Madras plague regulations in force outside the Presidency town - Volume 3
Disease focus: Plague
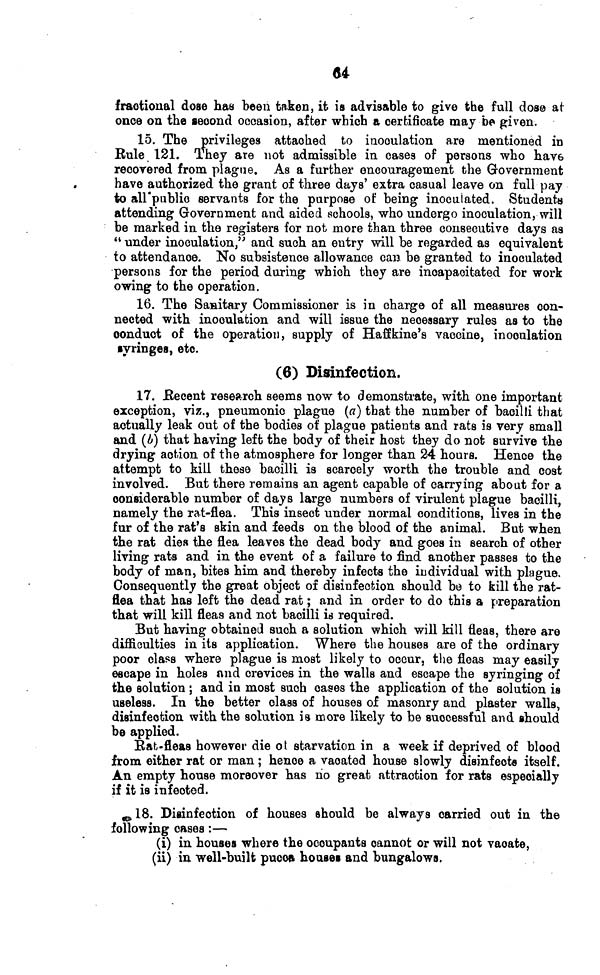
«i
fractional doae has been taken, it is advisable to give the full dose at
once on the second occasion, after which a certificate may be given.
15. The privileges attached to inoculation are mentioned in
Rule 121. They are not admissible in oases of persons who have
recovered from plague. As a further encouragement the Government
have authorized the grant of three days' extra casual leave on full pay
to all'publio servants for the purpose of being inoculated. Students
attending Government and aided schools, who undergo inoculation, will
be marked in the registers for not more than three consecutive days as
" under inoculation," and such, an entry will be regarded as equivalent
to attendance. No subsistence allowance can be granted to inoculated
persons for the period during which they are incapacitated for work
owing to the operation.
16. The Sanitary Commissioner is in charge of all measures con-
nected with inoculation and will issue the necessary rules as to the
conduct of the operation, supply of Hafffcme's vaccine, inoculation
syringes, etc.
(6) Disinfection.
17. .Recent research seems now to demonstrate, with one important
exception, viz., pneumonic plague (a} that the number of bacilli that
actually leak out of the bodies of plague patients and rats is very small
and (¿) that having left the body of their host they do not survive the
drying action of the atmosphere for longer than 24 hours. Hence the
attempt to kill these bacilli is scarcely worth the trouble and cost
involved. But there remains an agent capable of carrying about for a
considerable number of days large numbers of virulent plague bacilli,
namely the rat-flea. This insect under normal conditions, lives in the
fur of the rat's skin and feeds on the blood of the animal. But when
the rat die« the flea leaves the dead body and goes in search of other
living rata and in the event of a failure to find another passes to the
body of man, bites him and thereby infects the individual with plague.
Consequently the great object of disinfection should be to kill the rat-
flea that has left the dead rat ; and in order to do this a preparation
that will kill fleas and not bacilli is required.
But having obtained such a solution which will kill fleas, there are
difficulties in its application. Where the houses are of the ordinary
poor class where plague is most likely to occur, the fleas may easily
escape in holes and crevices in the walls and escape the syringing of
the solution ; and in most such oases the application of the solution is
useless. In the better class of houses of masonry and plaster walls>
disinfection with the solution is more likely to be successful and should
be applied.
Bftb-fleaa however die o t starvation in a week if deprived of blood
from either rat or man ; hence a vacated house slowly disinfects itself.
An empty house moreover has no great attraction for rats especially
if it is infected.
TO 18. Disinfection of houses should be always carried out in the
following cases :—
(i) in houses where the occupants cannot or will not vacate,
(ii) in well-built pucoa houses and bungalows,